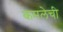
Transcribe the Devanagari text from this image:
कमलेची